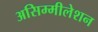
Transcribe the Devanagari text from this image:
असिम्मीलेशन